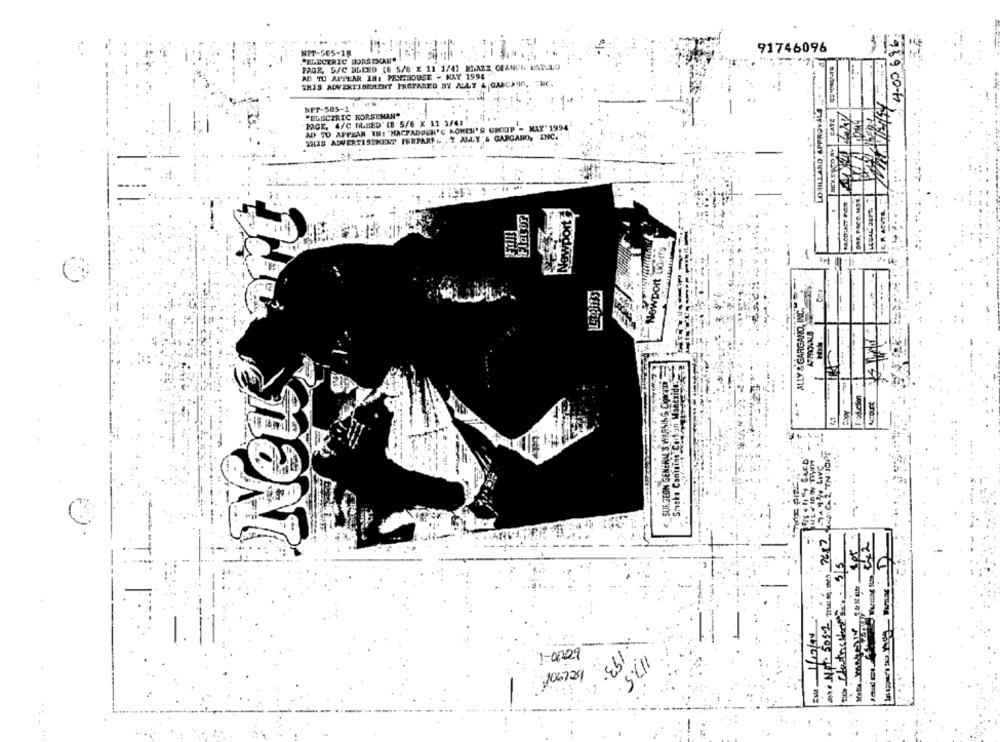
400696
NPT-505-1R
91746096
"ELECTRIC HORSEMAN"
--
TAGE, 5/C BLEED (0 5/8 X 11 1/4) HIMAZZ ORANGA LATULO
AD TO APPEAR IN: PENTHOUSE - KAY 1994
THIS ADVERTISEMENT PREPARED BY ALLT & GANCANIN, INC.
LORILLARD APPROVALS
NET-505-1
REZEKCD RY CATE
"ELECTRIC HORSEMAN"
PAGE, 4/C BLEED' (8 5/6 X 11 3/6)
AD TO APPEAR TH: "NACFADØUN'C KOMEN' S GROUP - MAY' 1994
THIS ADVERTISEMENT PREPARPG , Y ALLY;& GAPGANO, INC. "
Newport LIGHTS
ALLY & GARGANO, INC.
APPROVALS
Neu
F:oduction
< SURGEON GENERAL'S WARNING
Smoke Contains Carbon Man
(0) . Net. 5057 TEL og, then 7687
Esta 1/10/94
1-05:29
106721
193.